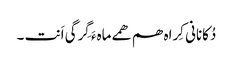
دُکانانی کِراہ ھم ھمے ماہءَ گِرگی اَنت ۔